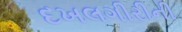
દખલગીરીની